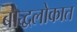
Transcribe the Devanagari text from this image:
बौद्धलोकात